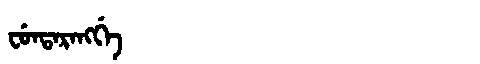
Manchu: ᠸᡠᠨᡨᠠᡵᠠᠩᡤᡝ
Romanization: FUNTARANGGE